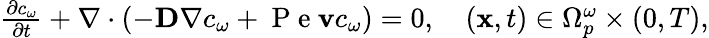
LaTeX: \begin{array}{r}{\frac{\partial c_{\omega}}{\partial t}+\nabla\cdot(-\textbf D\nabla c_{\omega}+\mathrm{~P~e~}\textbf{v}c_{\omega})=0,\quad(\textbf x,t)\in{\Omega}_{p}^{\omega}\times(0,T),}\end{array}